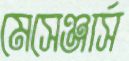
মেসেঞ্জার্স